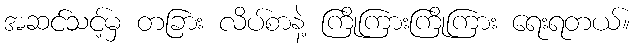
အဆင်သင့်မှ တခြား လိပ်စာနဲ့ ကြိုကြားကြိုကြား ရေးရတယ်။